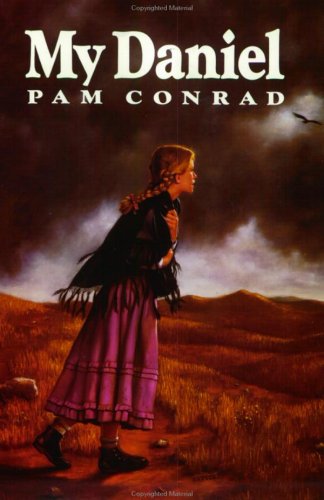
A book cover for My Daniel; Pam Conrad; Teen & Young Adult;